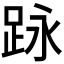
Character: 𮛕